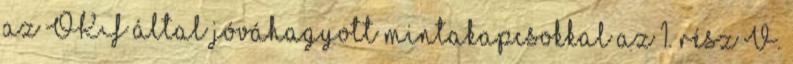
az OKF által jóváhagyott mintakapcsokkal az 1. rész V.